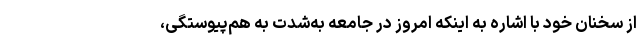
از سخنان خود با اشاره به اینکه امروز در جامعه به‌شدت به هم‌پیوستگی،